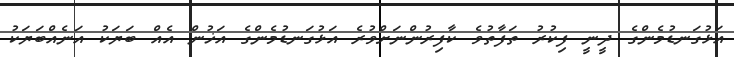
އަޅުގަނޑުމެންގެ ދީނީ ފިކުރު ތަފާތުވެ ކާފިރުންނަށްވުރެ އަޅުގަނޑުމެންގެ އަޚުން އެއް ބަޔަކު އަނެއްބަޔަކު